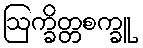
ဩက္ခိတ္တစက္ခူ